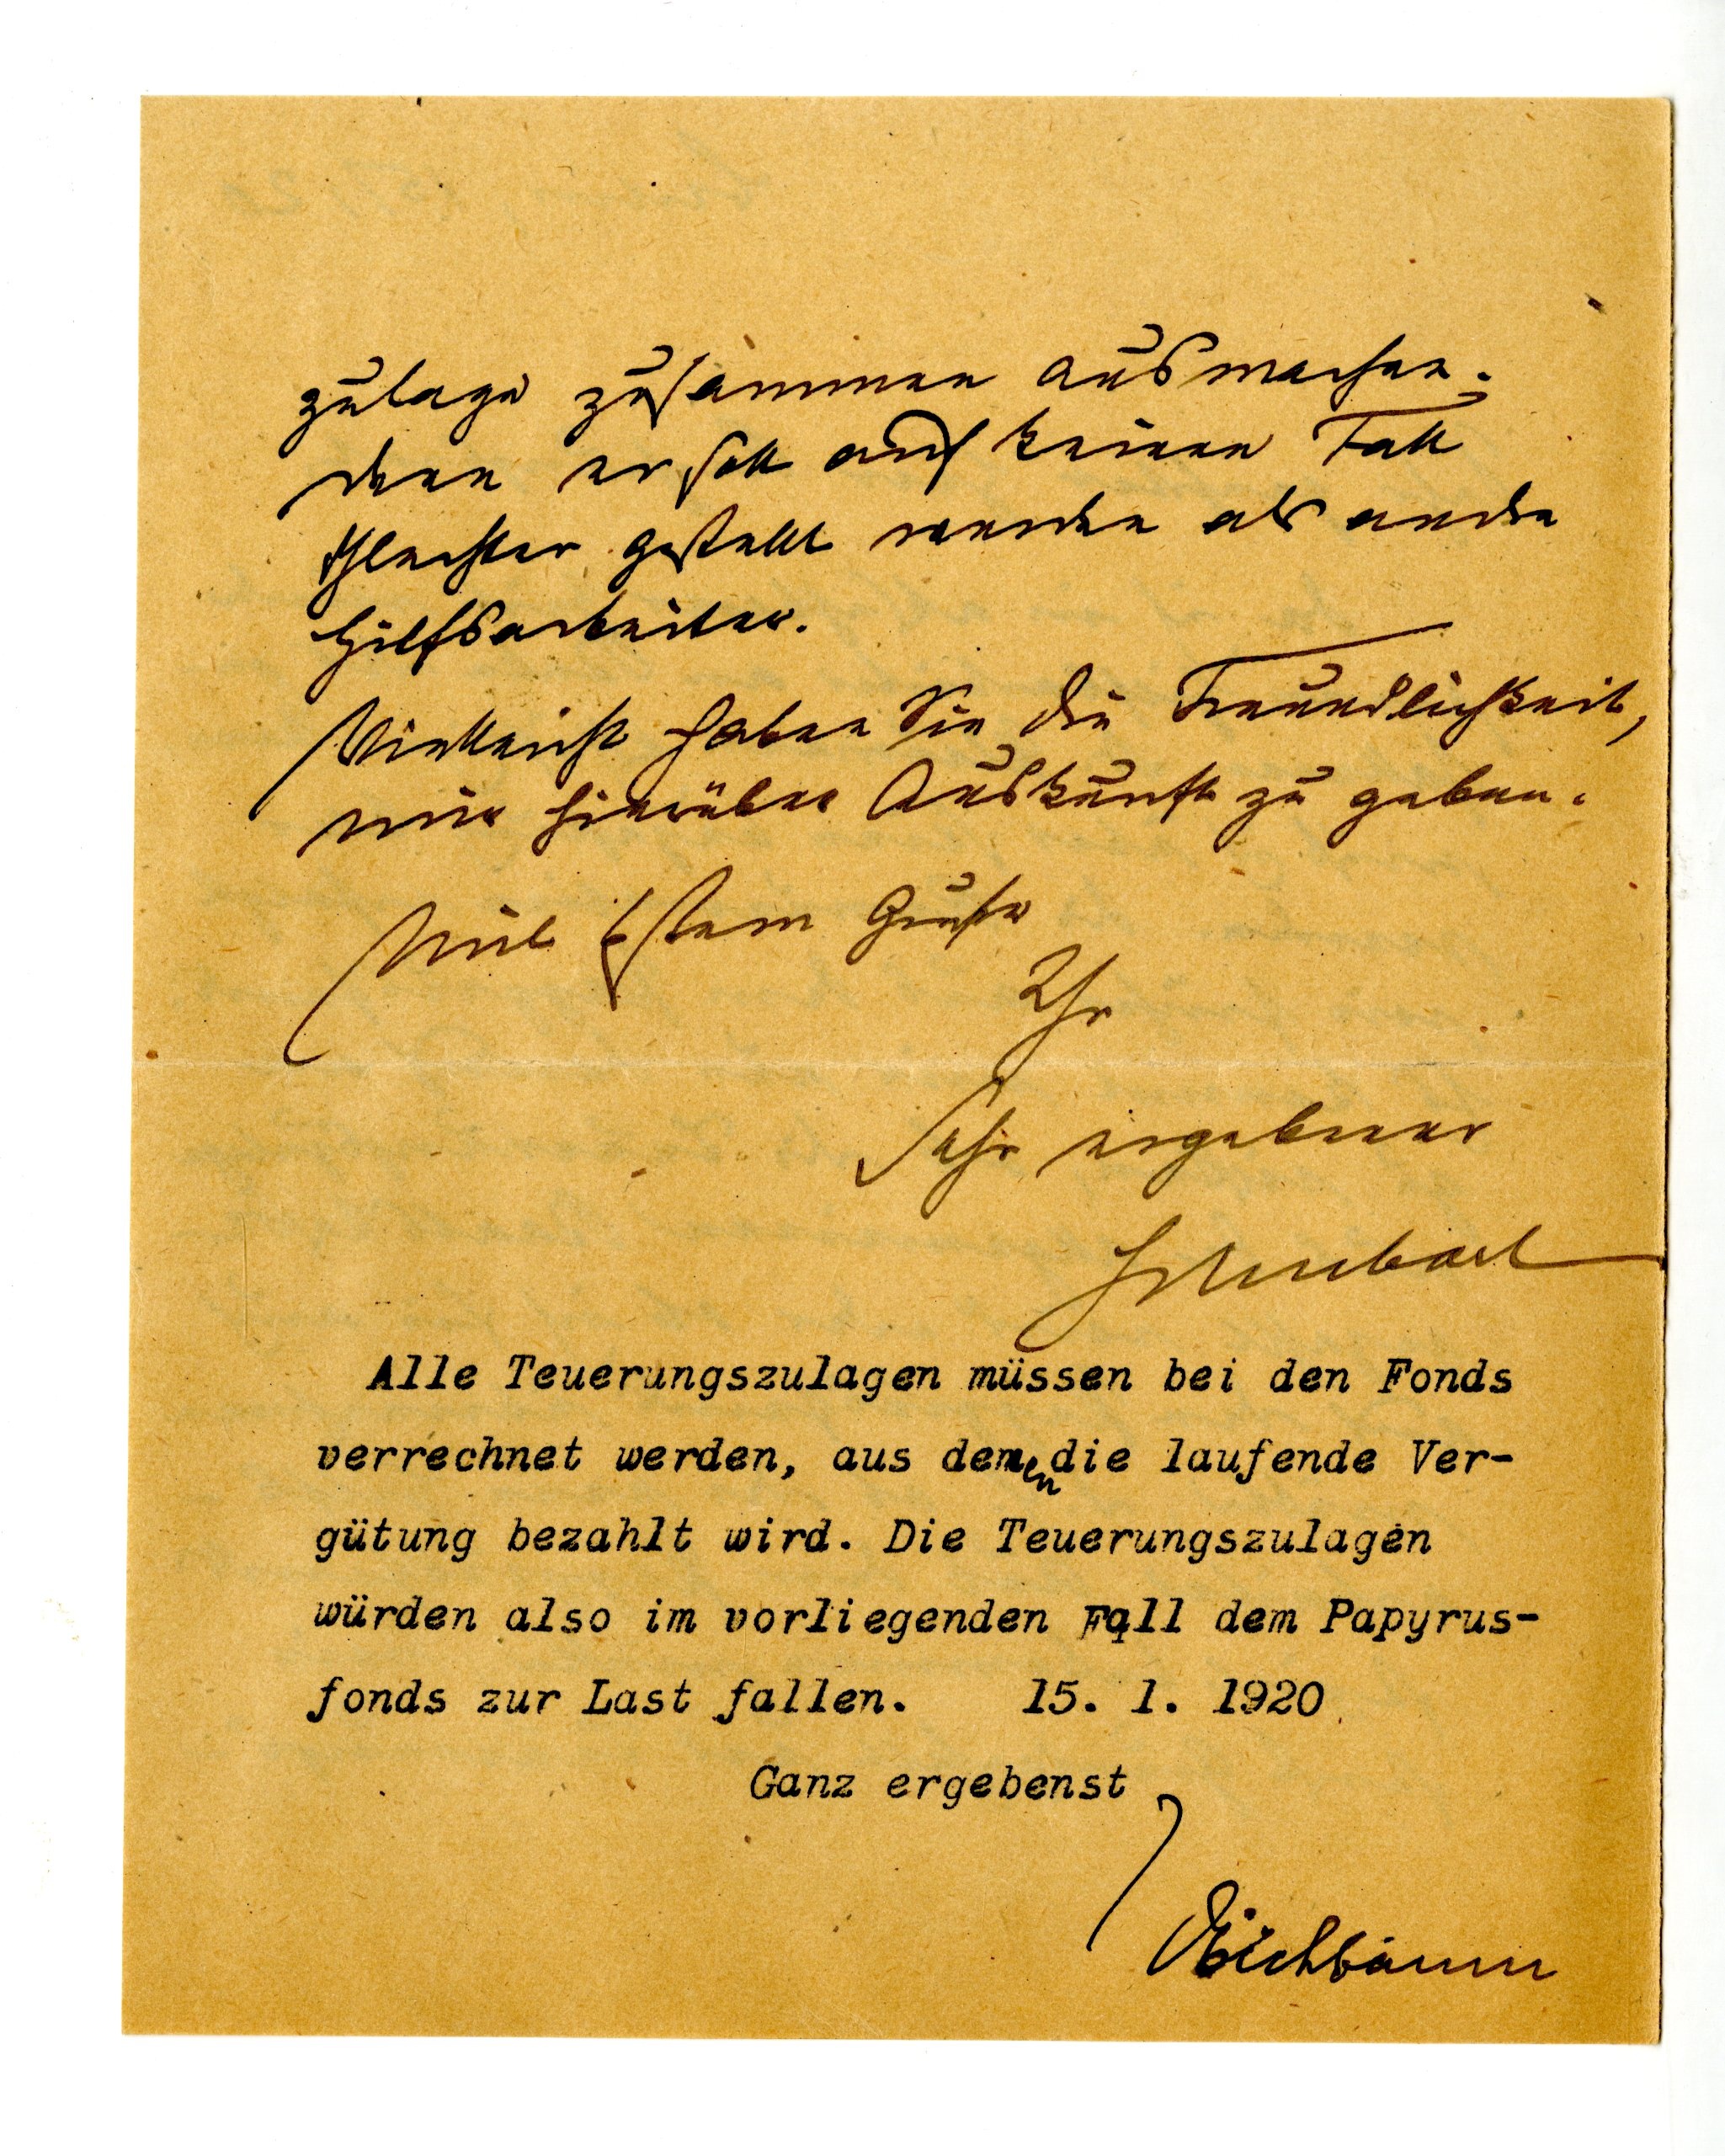
zulage zusammen ausmachen.
Denn er soll auf keinen Fall
schlechter gestellt werden als andre
Hilfsarbeiter.
Vielleicht haben Sie die Freundlichkeit,
mir hierüber Auskunft zu geben.
mit bestem Gruße
Ihr
sehr ergebener
Schubart
Alle Teuerungszulagen müssen bei den Fonds
verrechnet werden, aus denen die laufende Ver¬
gütung bezahlt wird. Die Teuerungszulagen
würden also im vorliegenden Fall dem Papyrus¬
fonds zur Last fallen.  15. 1 1920
Ganz ergebenst
Eichbaum